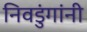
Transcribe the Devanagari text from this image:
निवडुंगांनी